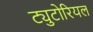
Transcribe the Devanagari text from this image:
ट्युटोरियल